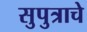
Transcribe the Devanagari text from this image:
सुपुत्राचे